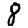
Digit: 8